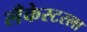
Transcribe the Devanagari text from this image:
लँकेस्टरला